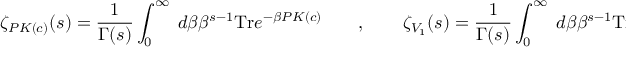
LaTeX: \zeta _ { P { \cal K } ( c ) } ( s ) = \frac { 1 } { \Gamma ( s ) } \int _ { 0 } ^ { \infty } \ d \beta \beta ^ { s - 1 } \mathrm { T r } e ^ { - \beta P { \cal K } ( c ) } \qquad , \qquad \zeta _ { { \cal V } _ { 1 } } ( s ) = \frac { 1 } { \Gamma ( s ) } \int _ { 0 } ^ { \infty } \ d \beta \beta ^ { s - 1 } \mathrm { T r } e ^ { - \beta { \cal V } _ { 1 } } \quad .